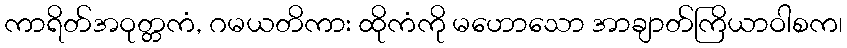
ကာရိတ်အဝုတ္တကံ, ဂမယတိကား ထိုကံကို မဟောသော အာချာတ်ကြိယာဝါစက၊